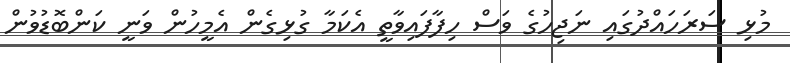
މުޅި ސަރަަހައްދުގައި ނަޖިހުގެ ވަސް ހިފާފައިވާތީ އެކަމާ ގުޅިގެން އެމީހުން ވަނީ ކަންބޮޑުވުން